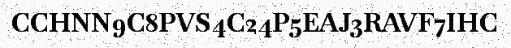
CCHNN9C8PVS4C24P5EAJ3RAVF7IHC